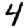
Digit: 4